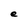
Character: e